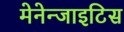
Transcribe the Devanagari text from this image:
मेनेन्जाइटिस